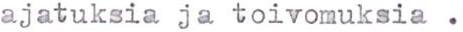
ajatuksia ja toivomuksia .